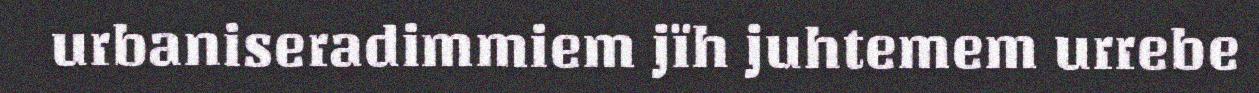
urbaniseradimmiem jïh juhtemem urrebe